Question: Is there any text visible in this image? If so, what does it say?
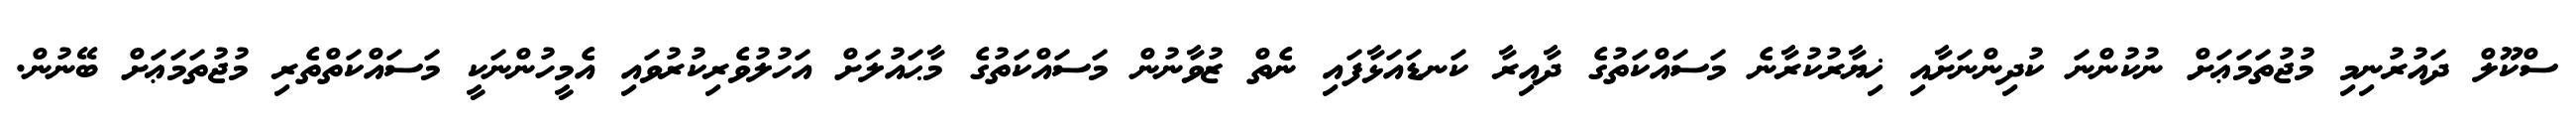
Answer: ސްކޫލް ދައުރުނިމި މުޖުތަމަޢަށް ނުކުންނަ ކުދިންނަށާއި ޚިޔާރުކުރާނެ މަސައްކަތުގެ ދާއިރާ ކަނޑައަޅާފައި ނެތް ޒުވާނުން މަސައްކަތުގެ މާޙައުލަށް އަހުލުވެރިކުރުވައި އެމީހުންނަކީ މަސައްކަތްތެރި މުޖުތަމަޢަށް ބޭނުން.